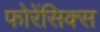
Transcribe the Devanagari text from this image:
फोरेंसिक्स